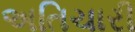
અતિચારી